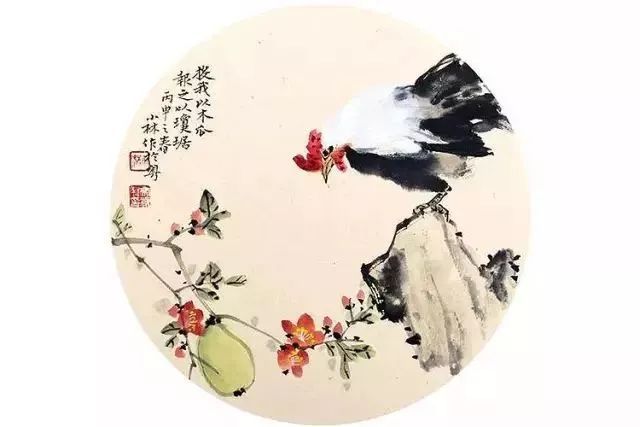
投我以木瓜，报之以琼琚。